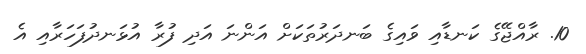
10. ރާއްޖޭގެ ކަނޑާއި ވައިގެ ބަނދަރުތަކަށް އަންނަ އަދި ފުރާ އުޅަނދުފަހަރާއި އެ